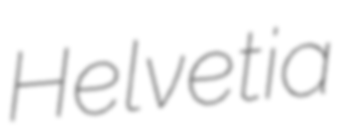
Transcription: Helvetia